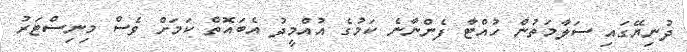
ދުނިޔޭގައި ސަލާމަތުން ހުއްޓާ ފެންނާނެ ކަމުގެ އުއްމީދު އެބައޮތް ކަމަށް ވެސް މިނިސްޓަރު